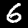
Label: 6